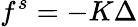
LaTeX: f^{s}=-K\Delta